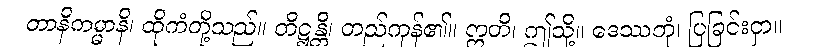
တာနိကမ္မာနိ၊ ထိုကံတို့သည်။ တိဋ္ဌန္တိ၊ တည်ကုန်၏။ ဣတိ၊ ဤသို့။ ဒေဿတုံ၊ ပြခြင်းငှာ။